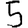
Digit: 5